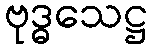
ဗုဒ္ဓသေဋ္ဌ